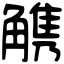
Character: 𧤤